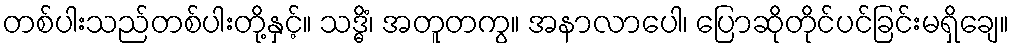
တစ်ပါးသည်တစ်ပါးတို့နှင့်။ သဒ္ဓိံ၊ အတူတကွ။ အနာလာပေါ၊ ပြောဆိုတိုင်ပင်ခြင်းမရှိချေ။